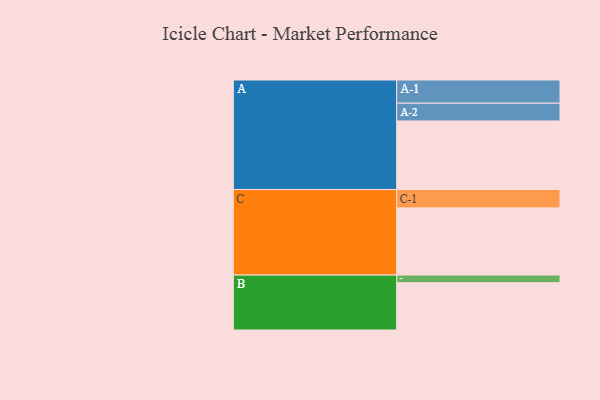
{"axis": {"x": "Segment", "y": "Value"}, "legend": ["", "A", "B", "C"], "data": [{"x": "A", "y": 559, "type": ""}, {"x": "B", "y": 386, "type": ""}, {"x": "C", "y": 548, "type": ""}, {"x": "A-1", "y": 189, "type": "A"}, {"x": "A-2", "y": 145, "type": "A"}, {"x": "B-1", "y": 62, "type": "B"}, {"x": "C-1", "y": 150, "type": "C"}]}